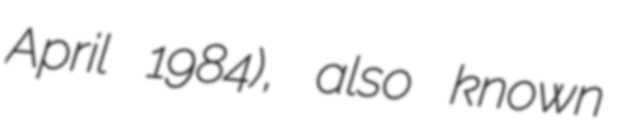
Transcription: April 1984), also known